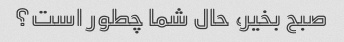
صبح بخیر، حال شما چطور است؟